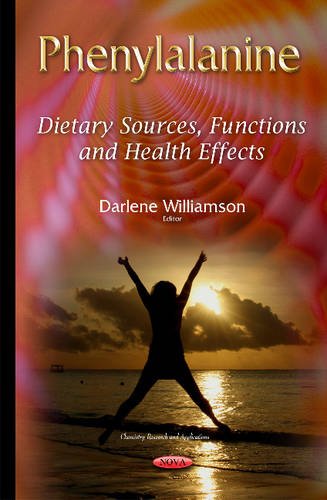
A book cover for Phenylalanine: Dietary Sources, Functions and Health Effects (Chemistry Research and Applications); Science & Math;